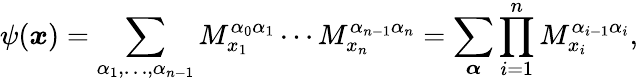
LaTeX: \psi(\boldsymbol{x})=\sum_{\alpha_{1},\dots,\alpha_{n-1}}M_{x_{1}}^{\alpha_{0}\alpha_{1}}\cdots M_{x_{n}}^{\alpha_{n-1}\alpha_{n}}=\sum_{\boldsymbol{\alpha}}\prod_{i=1}^{n}M_{x_{i}}^{\alpha_{i-1}\alpha_{i}},